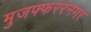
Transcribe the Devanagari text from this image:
मुजफ्फररनगर